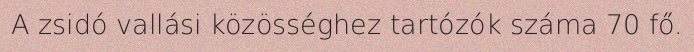
A zsidó vallási közösséghez tartózók száma 70 fő.